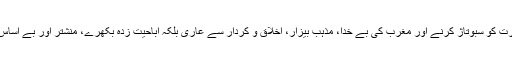
نئی فکریات اور نئی تھیوریز کی آڑ میں مشرق کے اقداری نظام پر مبنی معاشرت کو سبوتاژ کرنے اور مغرب کی بے خدا، مذہب بیزار، اخلاق و کردار سے عاری بلکہ اباحیت زدہ بکھرے، منشتر اور بے اساس سماجی ڈھانچے کو فوقیت دینے کے لئے ایڑی چوٹی کا زور لگایا جا رہا ہے۔